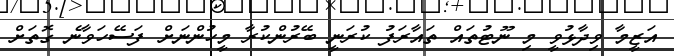
އަޒީމާ ވިދާޅުވީ މި ނޫޓުތައް ތައާރަފު ކުރަނީ ބޭރުންކުރާ މީހުންނަށް ފަސޭހަވާނެ ގޮތަށް